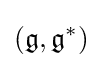
({\mathfrak {g}},{\mathfrak {g}}^{*})